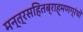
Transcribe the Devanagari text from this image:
मन्त्रसहितब्राह्मणग्रंथों